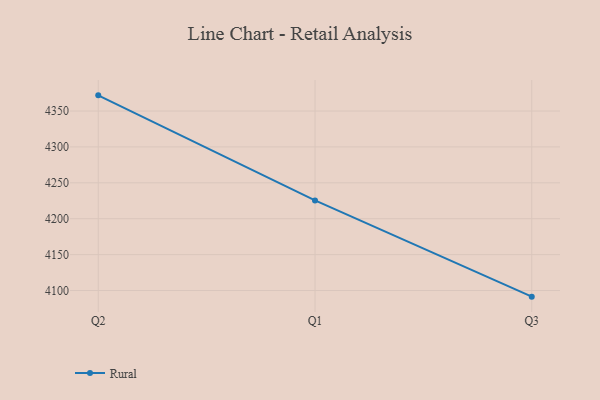
{"axis": {"x": "Quarter", "y": "Operating Costs (USD K)"}, "legend": ["Rural"], "data": [{"x": "Q2", "y": 4371.8, "type": "Rural"}, {"x": "Q1", "y": 4225.5, "type": "Rural"}, {"x": "Q3", "y": 4091.5, "type": "Rural"}]}